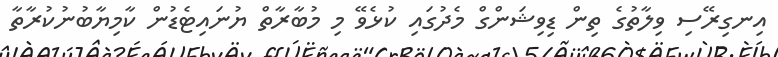
އިނގިރޭސި ވިލާތުގެ ތިން ޑިވިޝަންގް މެދުގައި ކުޅެވޭ މި މުބާރާތް ޔުނައިޓެޑުން ކާމިޔާބުނުކުރާތާ